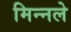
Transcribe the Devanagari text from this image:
मिन्नले